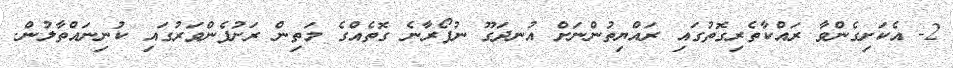
2- އެކަށިގެންވާ ރައްކާތެރިގޮތުގައި ރައްޔިތުންނަށް އުނދަގޫ ނުފޯރާނެ ގޮތެއްގެ މަތިން ރަށުފެންވަރުގައި ކުނިނައްތާލުން.